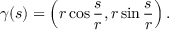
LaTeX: { \boldsymbol { \gamma } } ( s ) = \left( r \cos { \frac { s } { r } } , r \sin { \frac { s } { r } } \right) .